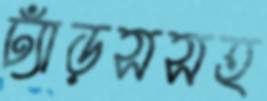
ঢ্যাঁড়সসহ